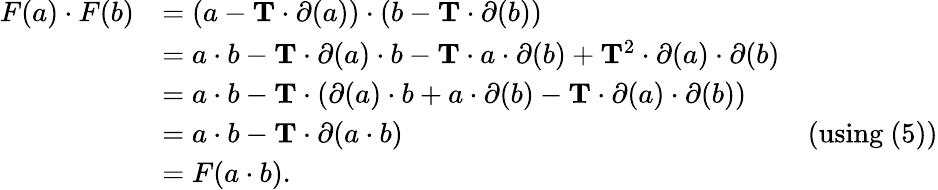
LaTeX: \begin{array}{rlr}{F(a)\cdot F(b)}&{=(a-\mathbf T\cdot\partial(a))\cdot(b-\mathbf T\cdot\partial(b))}\\ &{=a\cdot b-\mathbf T\cdot\partial(a)\cdot b-\mathbf T\cdot a\cdot\partial(b)+\mathbf T^{2}\cdot\partial(a)\cdot\partial(b)}\\ &{=a\cdot b-\mathbf T\cdot(\partial(a)\cdot b+a\cdot\partial(b)-\mathbf T\cdot\partial(a)\cdot\partial(b))}\\ &{=a\cdot b-\mathbf T\cdot\partial(a\cdot b)}&{\mathrm{(using~(5))}}\\ &{=F(a\cdot b).}\end{array}